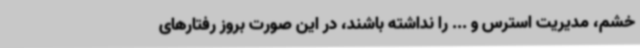
خشم، مدیریت استرس و ... را نداشته باشند، در این صورت بروز رفتارهای